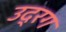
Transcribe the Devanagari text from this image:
उद्रग